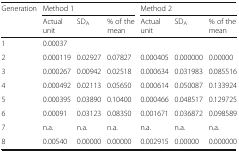
| Generation | <COLSPAN=3> Method 1 | <COLSPAN=3> Method 2 |
 |  | Actual unit | SDA | % of the mean | Actual unit | SDA | % of the mean |
 | --- | --- | --- | --- | --- | --- | --- |
 | 1 | 0.00037 |  |  |  |  |  |
 | 2 | 0.000119 | 0.02927 | 0.07827 | 0.000405 | 0.000000 | 0.00000 |
 | 3 | 0.000267 | 0.00942 | 0.02518 | 0.000634 | 0.031983 | 0.085516 |
 | 4 | 0.000492 | 0.02113 | 0.05650 | 0.000614 | 0.050087 | 0.133924 |
 | 5 | 0.000395 | 0.03890 | 0.10400 | 0.000466 | 0.048517 | 0.129725 |
 | 6 | 0.00091 | 0.03123 | 0.08350 | 0.001671 | 0.036872 | 0.098589 |
 | 7 | n.a. | n.a. | n.a. | n.a. | n.a. | n.a. |
 | 8 | 0.00540 | 0.00000 | 0.00000 | 0.002915 | 0.00000 | 0.000000 |